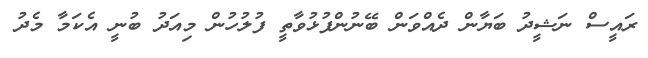
ރައީސް ނަޝީދު ބަޔާން ދެއްވަން ބޭނުންފުޅުވާތީ ފުލުހުން މިއަދު ބުނީ އެކަމާ މެދު